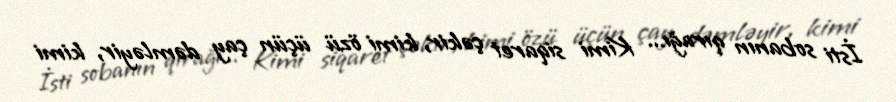
İsti sobanın qırağı... Kimi siqaret çəkir, kimi özü üçün çay dəmləyir, kimi